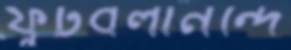
ফুটবলানন্দে